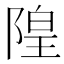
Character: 隍